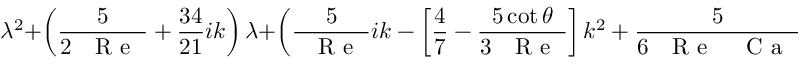
\lambda ^ { 2 } + \left( \frac { 5 } { 2 \mathrm { ~ \textit ~ { ~ R ~ e ~ } ~ } } + \frac { 3 4 } { 2 1 } i k \right) \lambda + \left( \frac { 5 } { \mathrm { ~ \textit ~ { ~ R ~ e ~ } ~ } } i k - \left[ \frac { 4 } { 7 } - \frac { 5 \cot \theta } { 3 \mathrm { ~ \textit ~ { ~ R ~ e ~ } ~ } } \right] k ^ { 2 } + \frac { 5 } { 6 \mathrm { ~ \textit ~ { ~ R ~ e ~ } ~ } \mathrm { ~ \textit ~ { ~ C ~ a ~ } ~ } } k ^ { 4 } \right) = 0 .